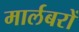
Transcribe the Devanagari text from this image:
मार्लबरों